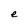
Character: e